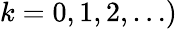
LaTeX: k=0,1,2,\ldots)